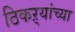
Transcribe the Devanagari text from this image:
ठिकऱ्यांच्या